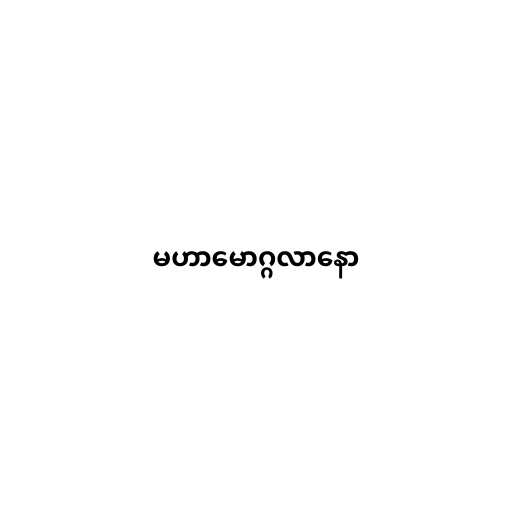
မဟာမောဂ္ဂလာနော